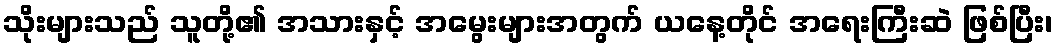
သိုးများသည် သူတို့၏ အသားနှင့် အမွေးများအတွက် ယနေ့တိုင် အရေးကြီးဆဲ ဖြစ်ပြီး၊